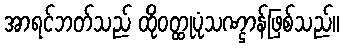
အာရင်ဘတ်သည် ထိုဝတ္ထုပုံသဏ္ဌာန်ဖြစ်သည်။